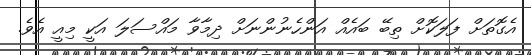
އެގޮތަށް ފަލަކޮށް ތިބޭ ބައެއް އަންހެނުންނަށް ދިމާވާ މައްސަލަ އަކީ މިއީ އެވެ.